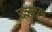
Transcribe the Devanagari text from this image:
चक्क्लक